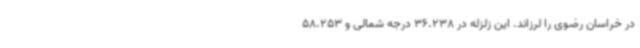
در خراسان رضوی را لرزاند. این زلزله در 36.238 درجه شمالی و 58.253